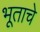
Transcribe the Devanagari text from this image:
भूताचे